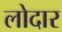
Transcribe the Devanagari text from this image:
लोदार